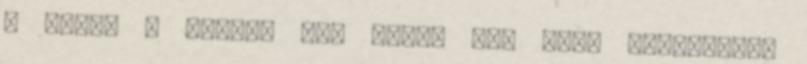
a "főzd a rizst, míg tejet ad" nevű rizsnyákos